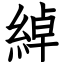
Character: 綽